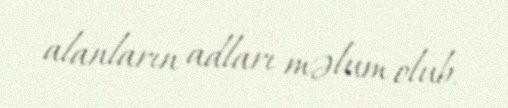
alanların adları məlum olub.